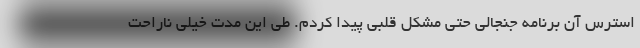
استرس آن برنامه جنجالی حتی مشکل قلبی پیدا کردم. طی این مدت خیلی ناراحت